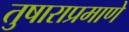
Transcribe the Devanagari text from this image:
तुषाराप्रमाणे